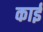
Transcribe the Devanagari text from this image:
काईं